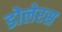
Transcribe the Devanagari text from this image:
डोलेरस